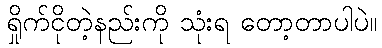
ရှိုက်ငိုတဲ့နည်းကို သုံးရ တော့တာပါပဲ။